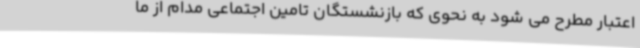
اعتبار مطرح می شود به نحوی که بازنشستگان تامین اجتماعی مدام از ما